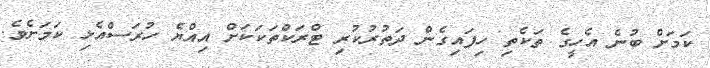
ކަމަށް ބުނެ އެހީގެ ތަކެތި ހިފައިގެން ދަތުރުކުރި ޓްރަކްތަކަކަށް އިއްޔެ ހުރަސްއެޅި ކަމަށެވެ.